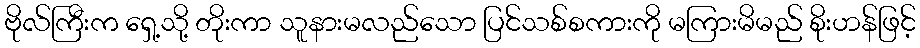
ဗိုလ်ကြီးက ရှေ့သို့ တိုးကာ သူနားမလည်သော ပြင်သစ်စကားကို မကြားမိမည် စိုးဟန်ဖြင့်